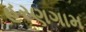
હરણગામ